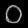
Digit: ၀